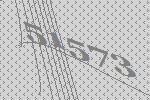
51573